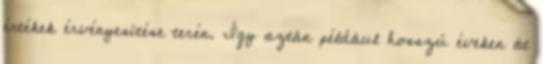
értékek érvényesítése terén. Így aztán például hosszú éveken át